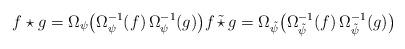
LaTeX: \begin{align*}f\star g = \Omega_\psi\big(\Omega^{-1}_\psi (f)\, \Omega^{-1}_\psi (g)\big) f\, \tilde \star\, g = \Omega_{\tilde \psi} \big(\Omega^{-1}_{\tilde \psi}(f)\, \Omega^{-1}_{\tilde \psi}(g)\big)\end{align*}